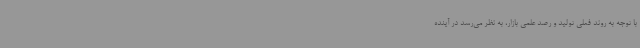
با توجه به روند فعلی تولید و رصد علمی بازار، به نظر می‌رسد در آینده